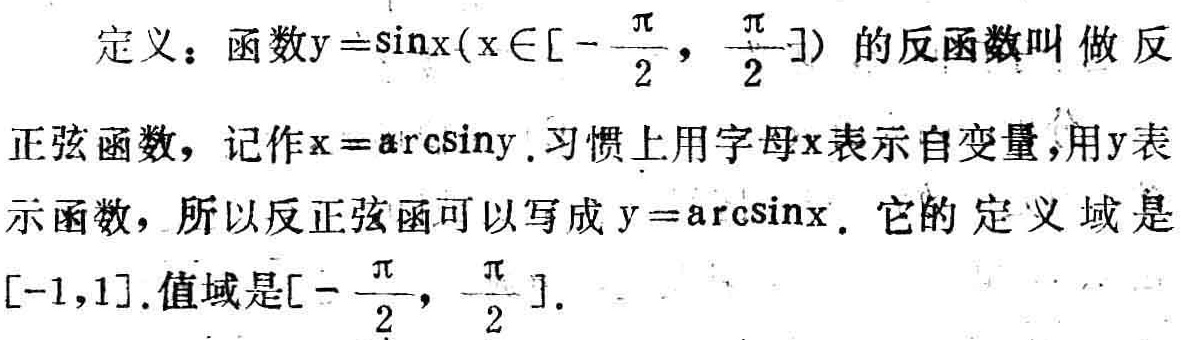
定义：函数\(y = \sin x(x\in[-\frac{\pi}{2}, \frac{\pi}{2}])\)的反函数叫做反正弦函数，记作\(x = \arcsin y\). 习惯上用字母\(x\)表示自变量，用\(y\)表示函数，所以反正弦函可以写成\(y = \arcsin x\). 它的定义域是\([-1,1]\).值域是\([-\frac{\pi}{2}, \frac{\pi}{2}]\).